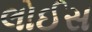
લોઈસ